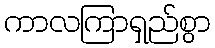
ကာလကြာရှည်စွာ